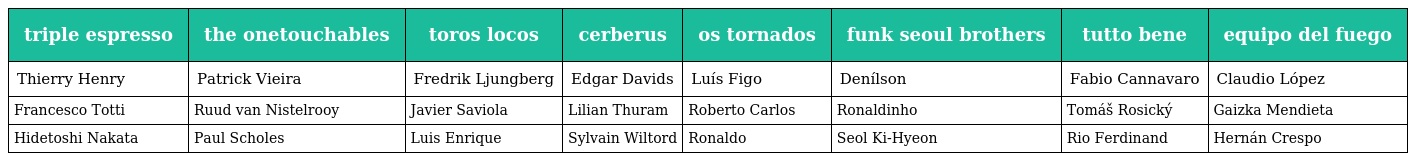
| triple espresso | the onetouchables | toros locos | cerberus | os tornados | funk seoul brothers | tutto bene | equipo del fuego |
 | --- | --- | --- | --- | --- | --- | --- | --- |
 | Thierry Henry | Patrick Vieira | Fredrik Ljungberg | Edgar Davids | Luís Figo | Denílson | Fabio Cannavaro | Claudio López |
 | Francesco Totti | Ruud van Nistelrooy | Javier Saviola | Lilian Thuram | Roberto Carlos | Ronaldinho | Tomáš Rosický | Gaizka Mendieta |
 | Hidetoshi Nakata | Paul Scholes | Luis Enrique | Sylvain Wiltord | Ronaldo | Seol Ki-Hyeon | Rio Ferdinand | Hernán Crespo |